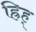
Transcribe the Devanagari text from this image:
ह्रिह्